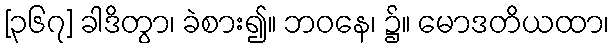
[၃၆၇] ခါဒိတွာ၊ ခဲစား၍။ ဘဝနေ၊ ၌။ မောဒတိယထာ၊